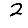
Digit: 2